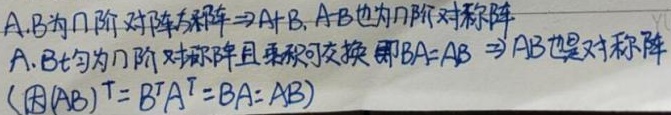
A,B为n阶对称阵$\nRightarrowA+B,AB$也为n阶对称阵\\
A,B均为n阶对称阵且乘积可交换即$BA=AB\RightarrowAB$也是对称阵\\
(因$(AB)^T=B^TA^T=BA=AB$)